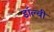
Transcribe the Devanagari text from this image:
डाॅल्बी